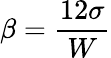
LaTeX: \beta=\frac{12\sigma}{W}